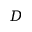
D